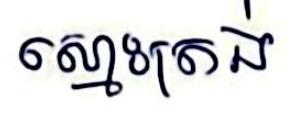
ស្មោះត្រង់